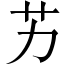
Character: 艻